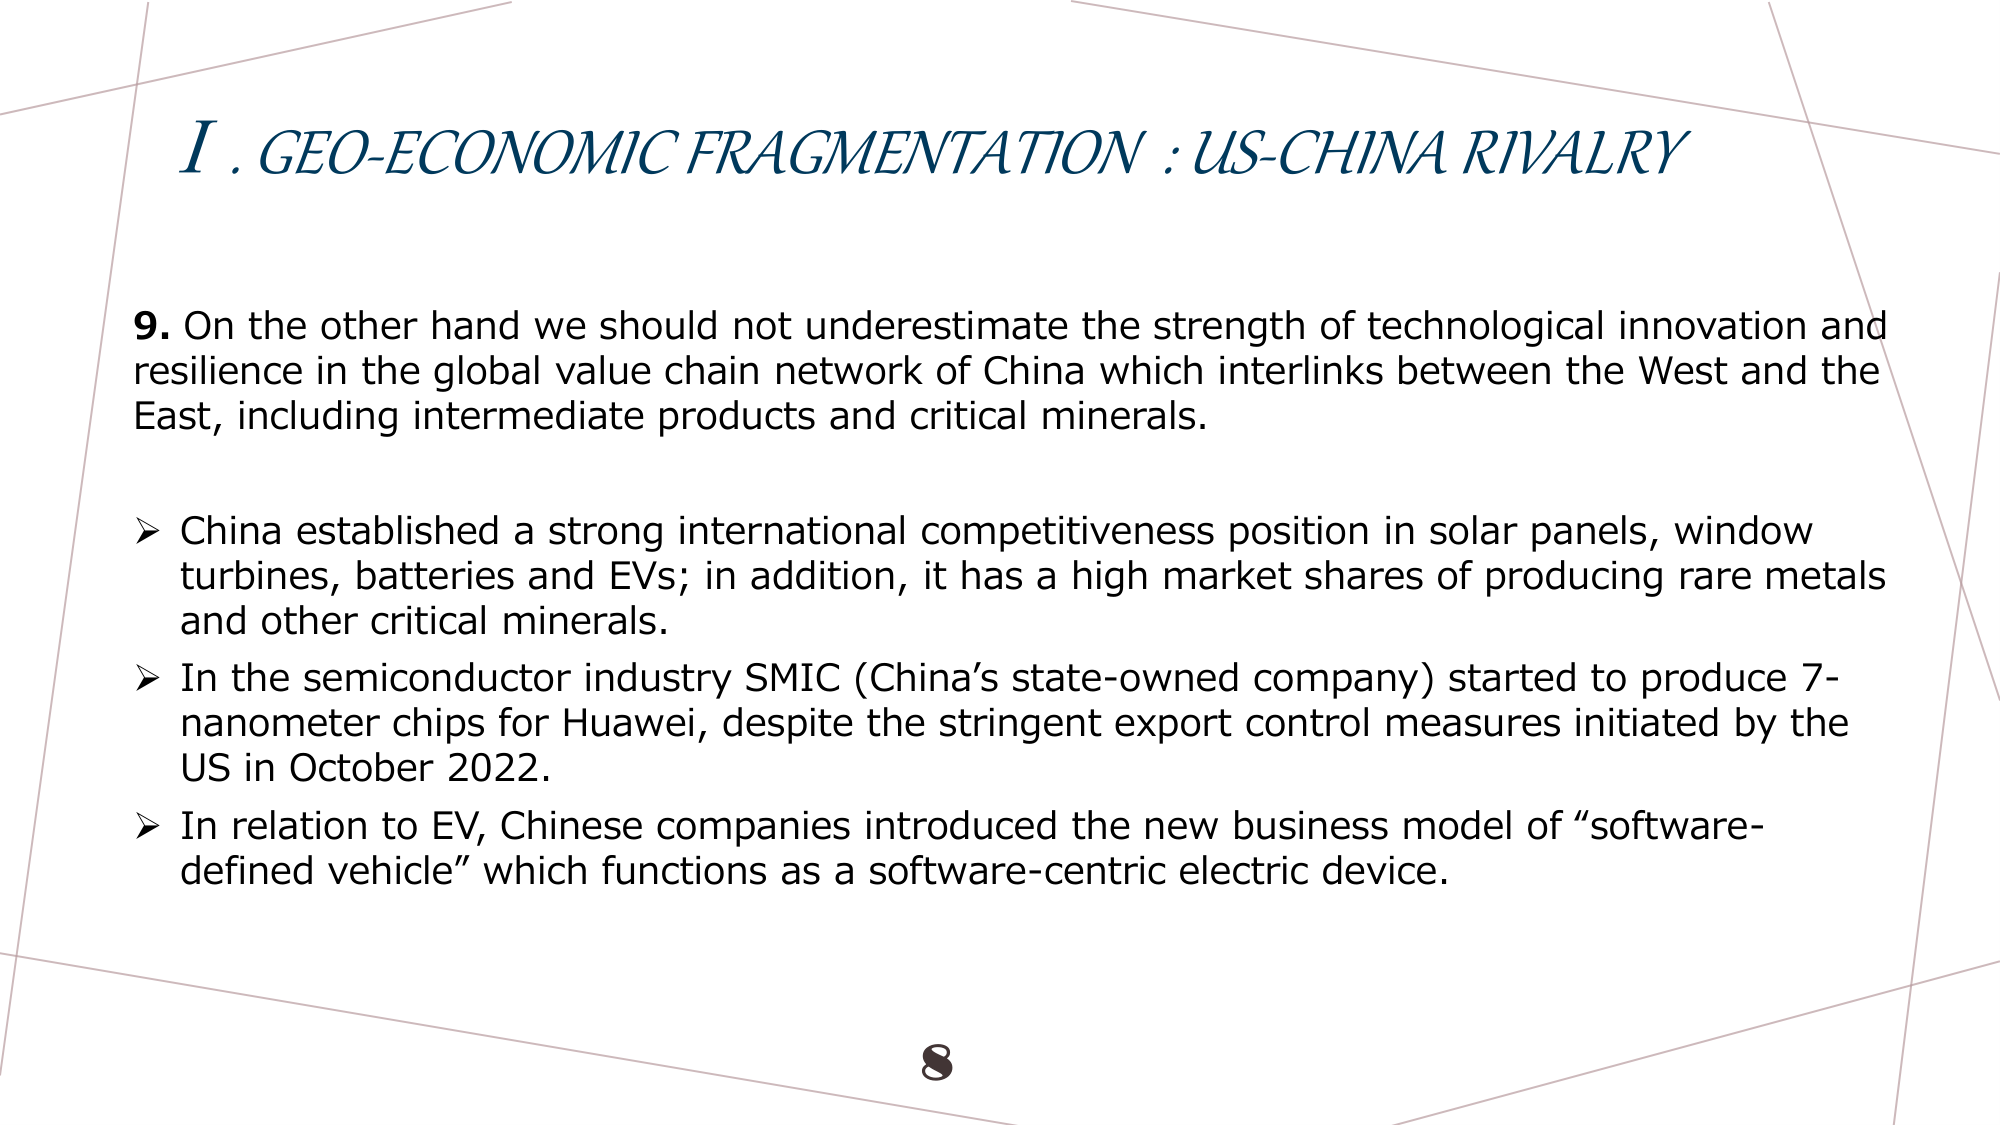
I. GEO-ECONOMIC FRAGMENTATION : US-CHINA RIVALRY

9. On the other hand we should not underestimate the strength of technological innovation and resilience in the global value chain network of China which interlinks between the West and the East, including intermediate products and critical minerals.

➤ China established a strong international competitiveness position in solar panels, window turbines, batteries and EVs; in addition, it has a high market shares of producing rare metals and other critical minerals.

➤ In the semiconductor industry SMIC (China’s state-owned company) started to produce 7-nanometer chips for Huawei, despite the stringent export control measures initiated by the US in October 2022.

➤ In relation to EV, Chinese companies introduced the new business model of “software-defined vehicle” which functions as a software-centric electric device.

8